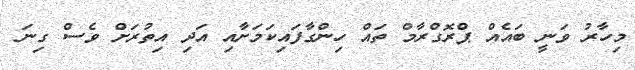
މިހާރު ވަނީ ބައެއް ޕްރޮގްރާމް ތައް ހިންގާފައިކަމަށާއި އަދި އިތުރަށް ވެސް ގިނަ